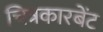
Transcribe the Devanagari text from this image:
चित्रकारबेंट